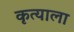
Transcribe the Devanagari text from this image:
कृत्याला